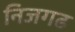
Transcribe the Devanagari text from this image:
निजगढ